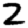
Digit: 2